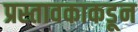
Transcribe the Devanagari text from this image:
प्रस्तावकाकडून